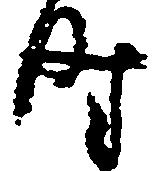
時